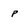
Character: P